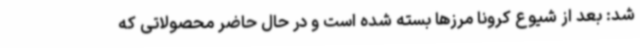
شد: بعد از شیوع کرونا مرزها بسته شده است و در حال حاضر محصولاتی که